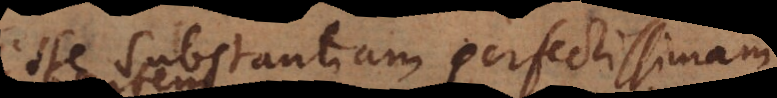
esse substantiam perfectissimam